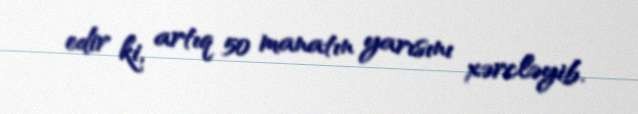
edir ki, artıq 50 manatın yarısını xərcləyib.